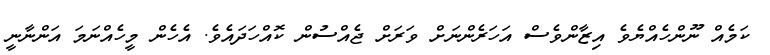
ކަމެއް ނޫންހެއްޔެވެ އިޒާންވެސް އަހަރެންނަށް ވަރަށް ޖެއްސުން ކޮއްހަދައެވެ. އެހެން މީހެއްނަމަ އަންނާނީ